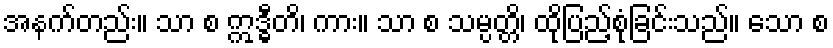
အနက်တည်း။ သာ စ ဣဒ္ဓီတိ၊ ကား။ သာ စ သမ္ပတ္တိ၊ ထိုပြည့်စုံခြင်းသည်။ သော စ